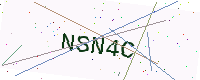
Text: NSN4C